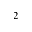
^ 2